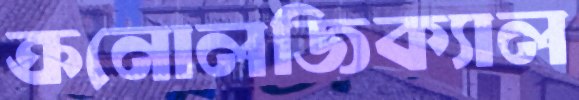
ক্রনোলজিক্যাল